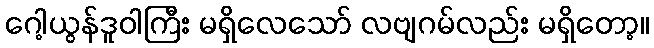
ဂေါ့ယွန်ဒူဝါကြီး မရှိလေသော် လဗျဂမ်လည်း မရှိတော့။